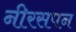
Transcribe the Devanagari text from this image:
नीरसपन